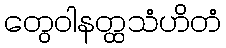
တွေဝါနတ္ထသံဟိတံ